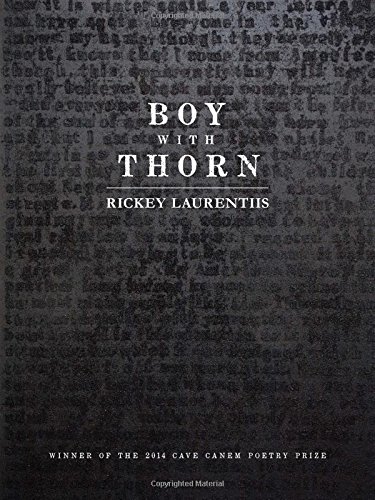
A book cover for Boy with Thorn (Pitt Poetry Series); Rickey Laurentiis; Literature & Fiction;